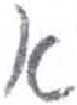
אות: א